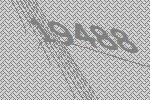
19488